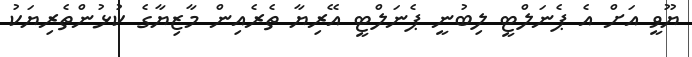
ޔޫވީ އަށް އެ ޕެނަލްޓީ ލިބުނީ ޕެނަލްޓީ އޭރިޔާ ތެރެއިން މާޒިޔާގެ ކުޅުންތެރިޔަކު